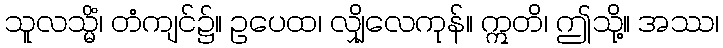
သူလသ္မိံ၊ တံကျင်၌။ ဥပေထ၊ လျှိုလေကုန်။ ဣတိ၊ ဤသို့။ အဿ၊